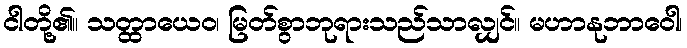
ငါတို့၏။ သတ္ထာယေဝ၊ မြတ်စွာဘုရားသည်သာလျှင်။ မဟာနုဘာဝေါ၊